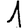
Digit: 1